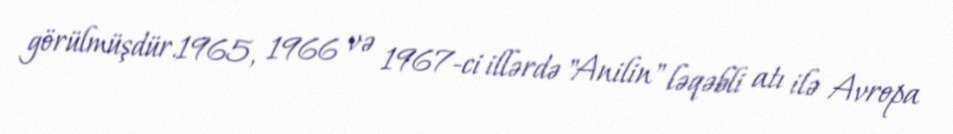
görülmüşdür.1965, 1966 və 1967-ci illərdə "Anilin" ləqəbli atı ilə Avropa